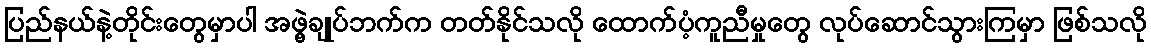
ပြည်နယ်နဲ့တိုင်းတွေမှာပါ အဖွဲ့ချုပ်ဘက်က တတ်နိုင်သလို ထောက်ပံ့ကူညီမှုတွေ လုပ်ဆောင်သွားကြမှာ ဖြစ်သလို